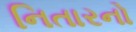
નિતારનો